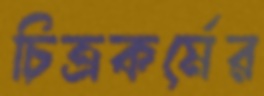
চিত্রকর্মের